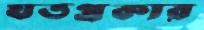
যতপ্রকার